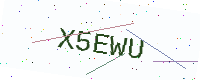
Text: X5EWU